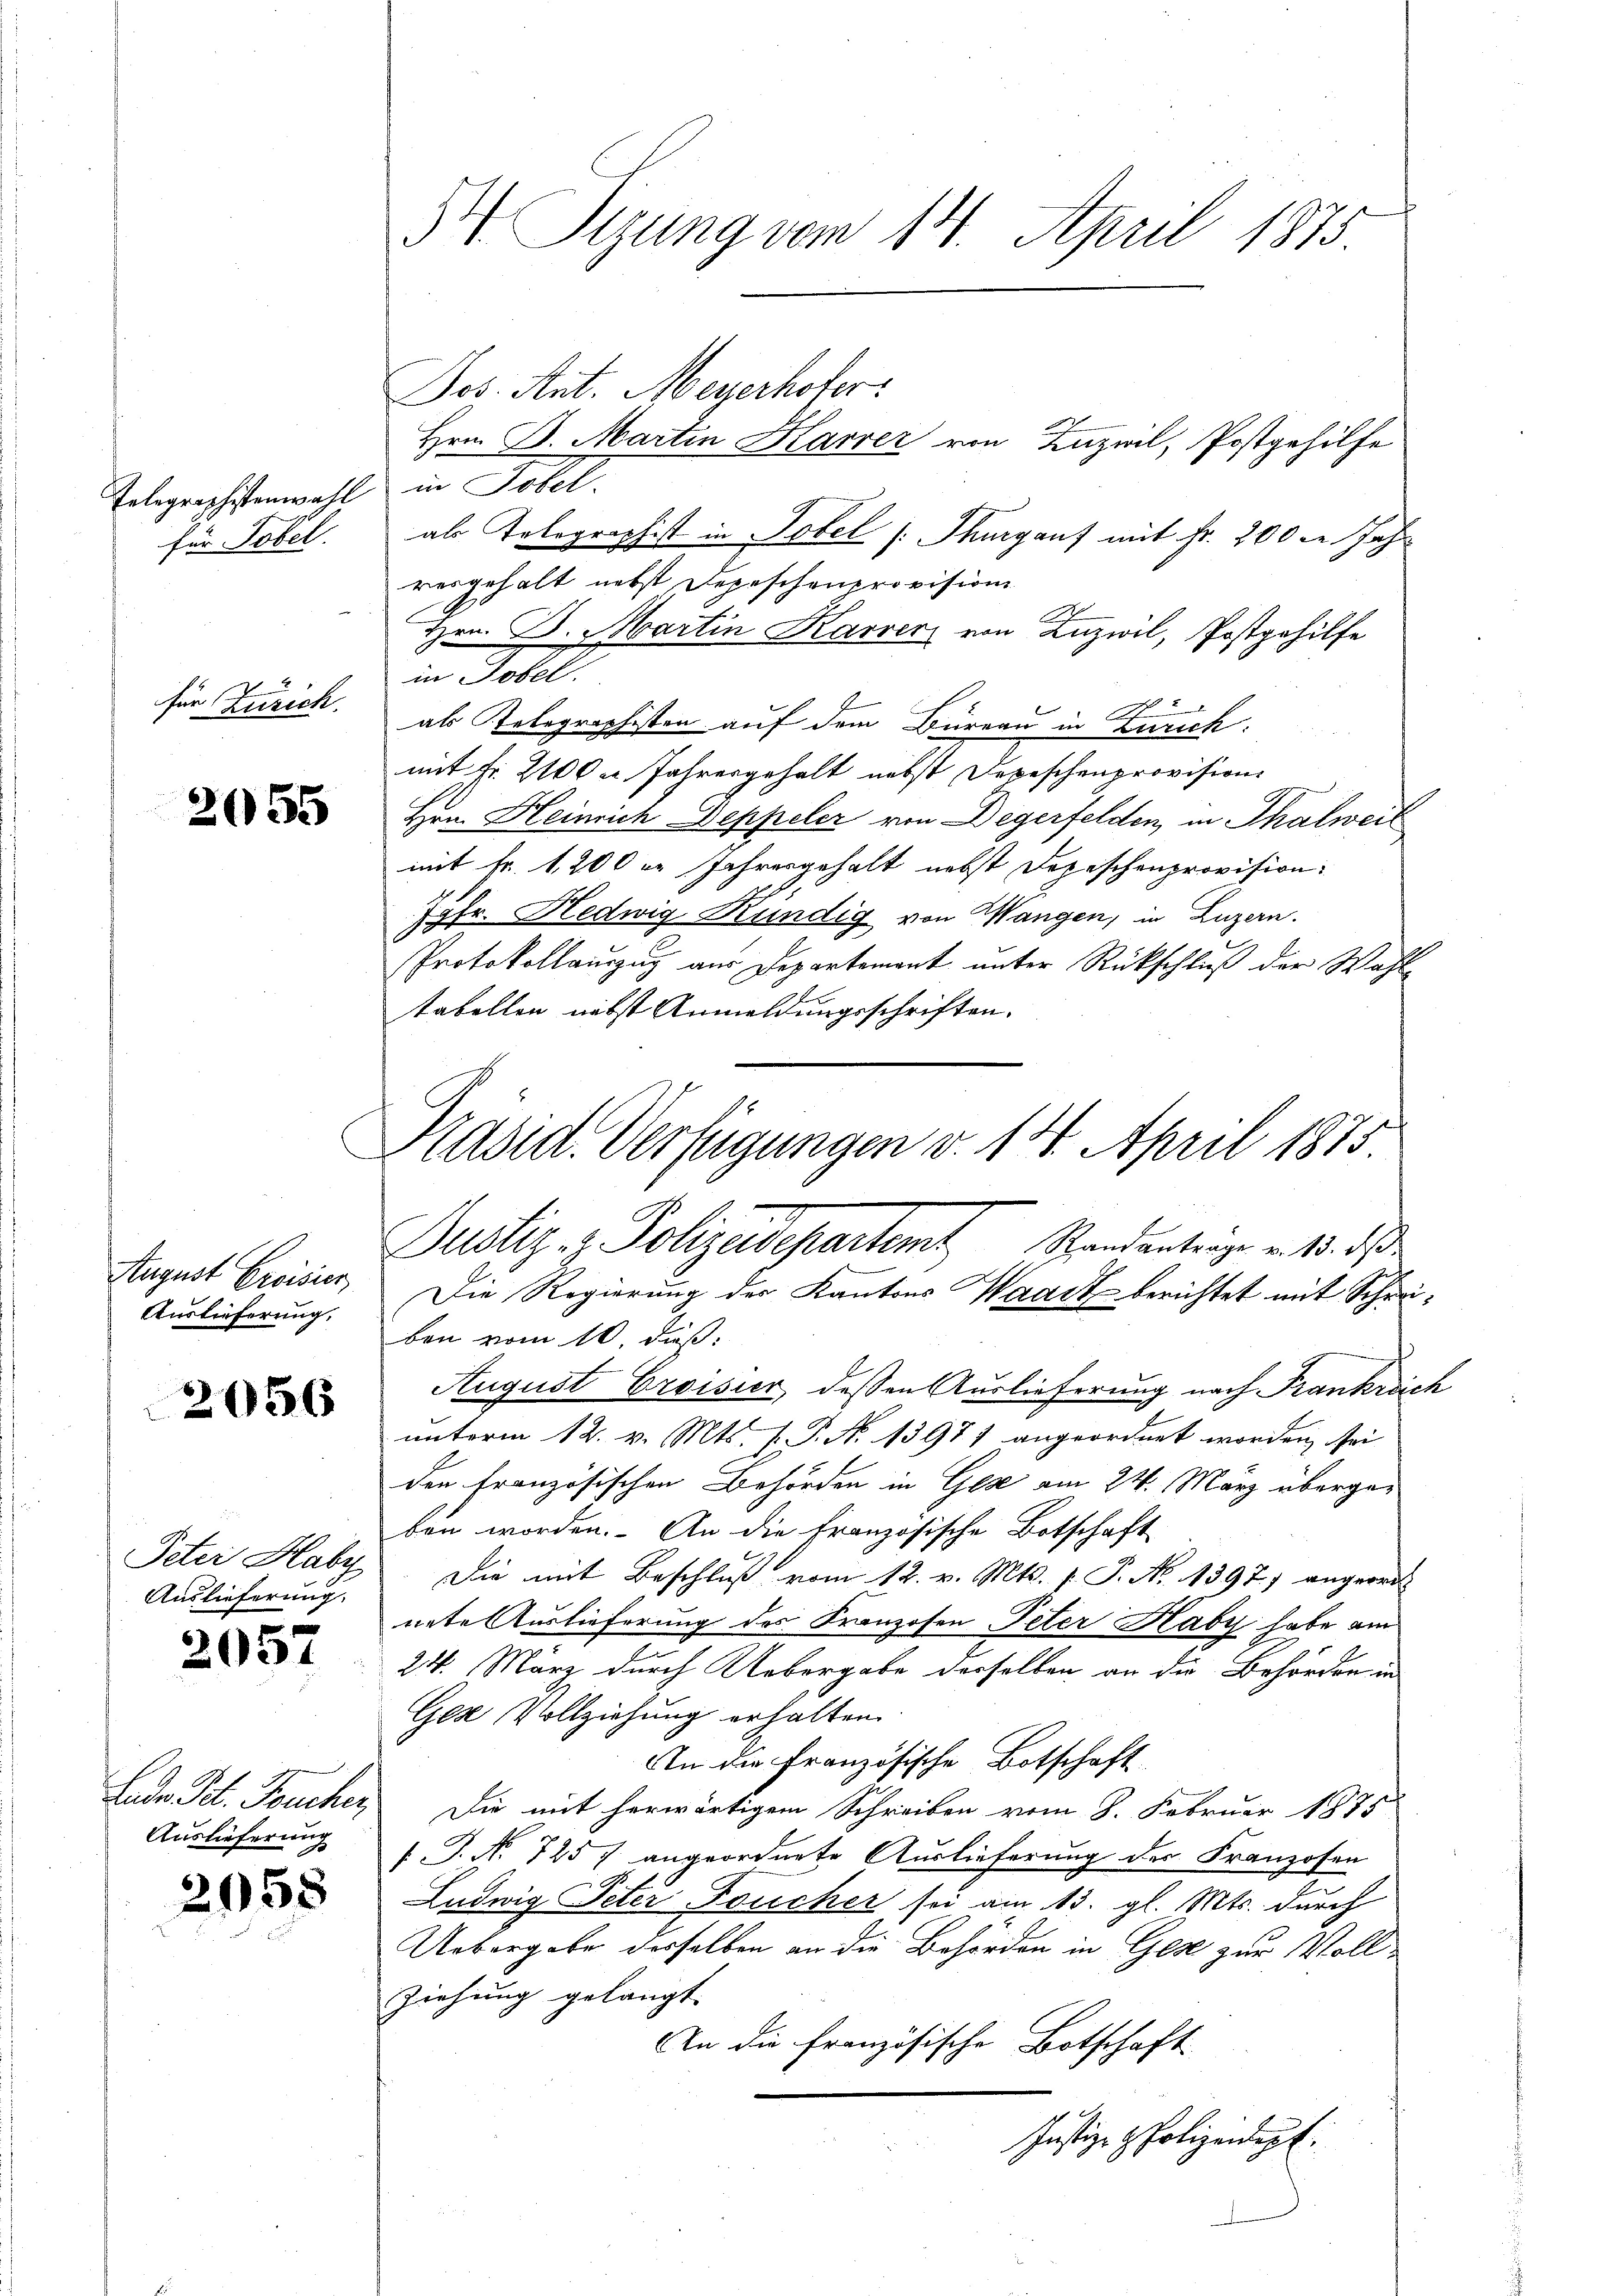
Telegraphistenwahl in Tobel.
für Tobel.

für Zürich.

2055

August Croisier
Auslieferung.

2656

Auslieferung.

f
2034

Jos. Ant. Meyerhofer
Hrn. D. Martin Karrer von Inzwil, Postgehilfe
als Telegraphist in Tobel (Thurgauf mit Fr. 200 le Jahr
resgehalt nebst Depeschenprovision
Hrn. B. Martin Karrerz von Luzwil, Postgehilfe
in Tobel
als Telegraphisten auf dem Büreau in Zürich:
mit Fr. 2100 Jahresgehalt nebst Depeschenprovisions
Hrn. Heinrich Deppeler von Degerfelden, in Thalweil
mit Fr. 1200 er Jahresgehalt nebst Depeschenprovision.
Jgfr. Hedwig Kündig von Wangen, in Luzern.
Protokollauszug aus Departement unter Rückschluß der Wahle
tabellen nebst Anmeldungsschriften.
ben vom 10. daß
August Croisier, dessen Auslieferung nach Frankreich
unterm 12. v. Mts. 1. P. N. 13971 angeordnet worden, sei
den französischen Behörden in Ges am 24. März übergeben worden. An die Französische Botschaft
Peter Haby. Die mit Beschluß vom 12. v. Mts. p. P. Nr. 1397) angeord
nete Auslieferung des Franzosen Peter Haby habe am
24. März durch Uebergabe derselben an die Behörden in
Ges Vollziehung erhalten
An die Französische Botschaft
Lade Tit. Feucher Die mit herwärtigem Schreiben vom 8. Februar 1875
.P. N. 7257 angeordnete Auslieferung der Franzosen
Ludwig Peter Foucher sei am 13. gl. Mts. durch
Uebergabe derselben an die Behörden in Ges zur Voll¬
Ziehung gelangt
An die französische Botschaft
Justiz- & Polizeidigt.

Auslieferung

2958

3 Sizung vom 14. April 1875

Justiz- & Polizeidepartemt Standantrage v. 18. d.
Die Regierung der Kantons Waadt berichtet mit Schrei¬

Präsid. Verfügungen v. 14. April 1875